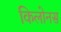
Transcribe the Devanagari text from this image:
किलोनस